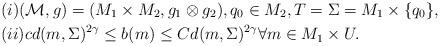
LaTeX: \begin{align*} &(i)(\mathcal{M},g) = (M_1 \times M_2, g_1 \otimes g_2), q_0 \in M_2, T= \Sigma = M_1 \times \{q_0\}, \\ &(ii) cd(m, \Sigma)^{2 \gamma} \leq b(m) \leq Cd(m, \Sigma)^{2 \gamma} \forall m \in M_1 \times U. \end{align*}